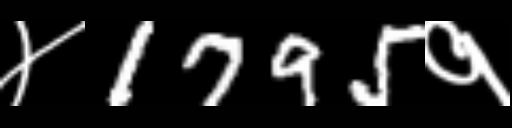
Text: ४1795१